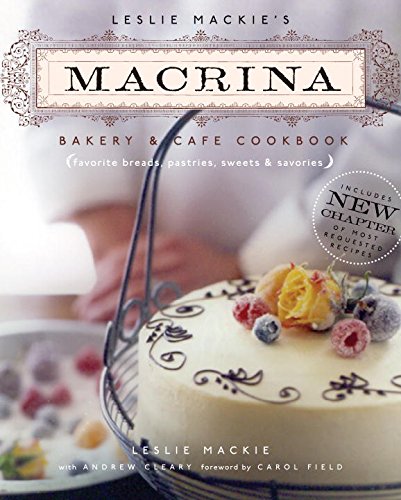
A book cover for Leslie Mackie's Macrina Bakery & Cafe Cookbook: Favorite Breads, Pastries, Sweets & Savories; Leslie Mackie; Cookbooks, Food & Wine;